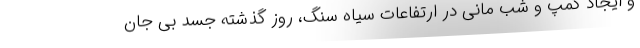
و ایجاد کمپ و شب مانی در ارتفاعات سیاه سنگ، روز گذشته جسد بی جان